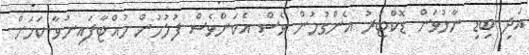
އަދި ބިޑި ނާޅުވަން ޑޮކްޓަރު އެންގުމުން ވެސް އެކަންވެސް ފުލުހުން ހުއްޓާފައިނުވާ ކަމަށް